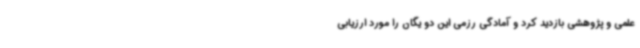
علمی و پژوهشی بازدید کرد و آمادگی رزمی این دو یگان را مورد ارزیابی